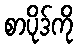
စာပိုဒ်ကို